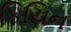
કિચિન